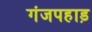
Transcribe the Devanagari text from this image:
गंजपहाड़